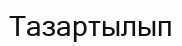
Тазартылып